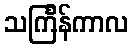
သင်္ကြန်ကာလ